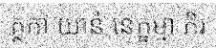
ត្ថកា យានំ នេក្ខម្មា ភិរ